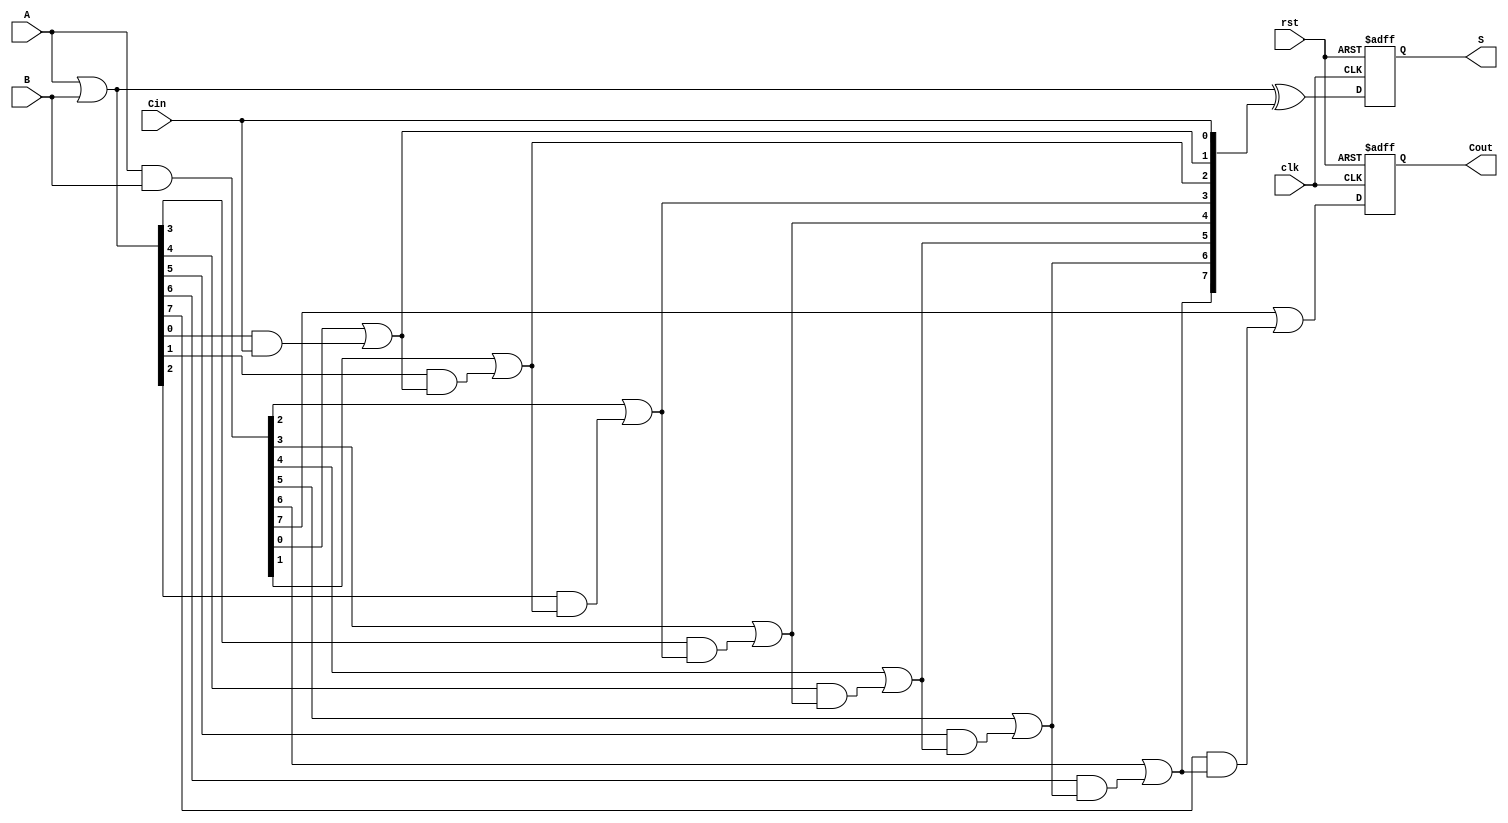
module pipelined_cla #(
    parameter N = 8 // Parameter for bit-width of the adder
)(
    input  wire clk,       // Clock input
    input  wire rst,       // Reset input
    input  wire [N-1:0] A, // First n-bit input
    input  wire [N-1:0] B, // Second n-bit input
    input  wire Cin,       // Carry-in input
    output reg [N-1:0] S,  // Sum output
    output reg Cout        // Carry-out output
);

// Internal signals
wire [N-1:0] G; // Generate signals
wire [N-1:0] P; // Propagate signals
wire [N:0] C;   // Carry signals

// Generate and Propagate logic
assign G = A & B; // Generate: G[i] = A[i] AND B[i]
assign P = A | B; // Propagate: P[i] = A[i] OR B[i]

// Carry calculation using lookahead logic
assign C[0] = Cin; // C[0] = Cin
genvar i;
generate
    for (i = 1; i <= N; i = i + 1) begin : carry_gen
        assign C[i] = G[i-1] | (P[i-1] & C[i-1]); // C[i] = G[i-1] OR (P[i-1] AND C[i-1])
    end
endgenerate

// Sum calculation
always @(posedge clk or posedge rst) begin
    if (rst) begin
        S <= 0;
        Cout <= 0;
    end else begin
        // Sum calculation for each bit
        S <= P ^ C[N-1:0]; // S[i] = P[i] XOR C[i]
        Cout <= C[N];      // Cout = C[n]
    end
end

endmodule